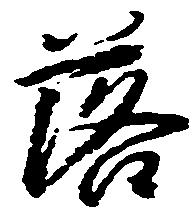
落